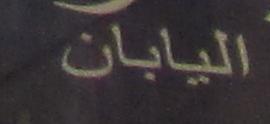
اليابان